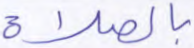
بالصلاة